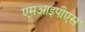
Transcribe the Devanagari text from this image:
एमआइपीएस